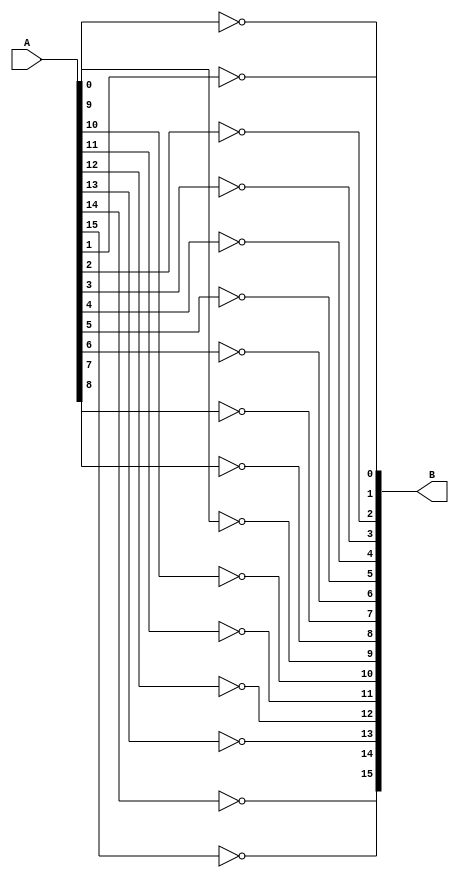
module moduleNOT(A, B);
	input[15:0]	A;
	output[15:0] B;

	not(B[0], A[0]);
	not(B[1], A[1]);
	not(B[2], A[2]);
	not(B[3], A[3]);
	not(B[4], A[4]);
	not(B[5], A[5]);
	not(B[6], A[6]);
	not(B[7], A[7]);
	not(B[8], A[8]);
	not(B[9], A[9]);
	not(B[10], A[10]);
	not(B[11], A[11]);
	not(B[12], A[12]);
	not(B[13], A[13]);
	not(B[14], A[14]);
	not(B[15], A[15]);
endmodule


module testbench();
	reg[15:0] A;
	wire[15:0] B;

	moduleNOT not11(A, B);
	
	initial begin
		$display(A,"   ", B);
		$finish;
	end
endmodule